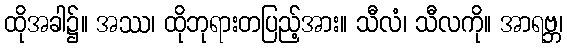
ထိုအခါ၌။ အဿ၊ ထိုဘုရားတပြည့်အား။ သီလံ၊ သီလကို။ အာရဗ္ဘ၊